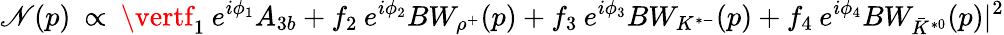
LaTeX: \mathscr{N}(p)\: \propto\: \vertf_{1}\: e^{i\phi_{1}}A_{3b}+f_{2}\: e^{i\phi_{2}}BW_{\rho^{+}}(p)+f_{3}\: e^{i\phi_{3}}BW_{K^{*-}}(p)+f_{4}\: e^{i\phi_{4}}BW_{\bar{{K}}^{*0}}(p){\vert}^{2}